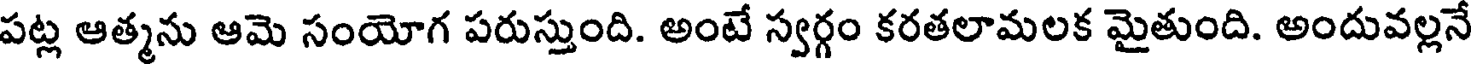
పట్ల ఆత్మను ఆమె సంయోగ పరుస్తుంది. అంటే స్వర్గం కరతలామలక మైతుంది. అందువల్లనే